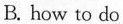
B. how to do